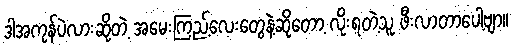
ဒါအကုန်ပဲလားဆိုတဲ့ အမေးကြည့်လေးတွေနဲ့ဆိုတော့ လိုးရတဲ့သူ ဖီးလာတာပေါ့ဗျာ။